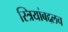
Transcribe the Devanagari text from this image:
स्त्रियांबद्दलच